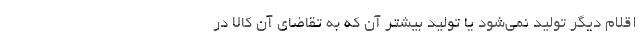
اقلام دیگر تولید نمی‌شود یا تولید بیشتر آن که به تقاضای آن کالا در